Tezpur Lunatic Asylum reports 1895-1904 - 1895-1904
Year: 1895
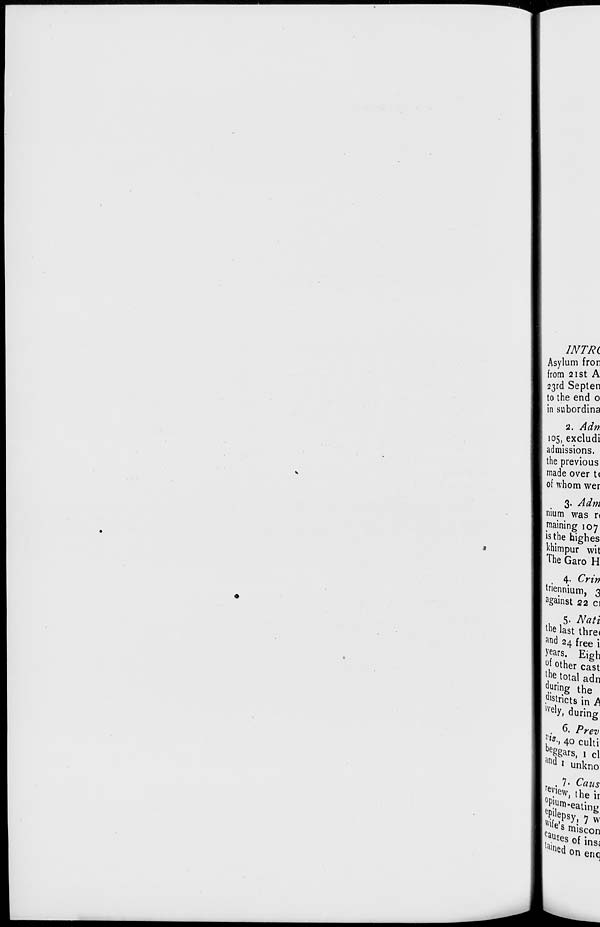
INTRL
Asylum fron
from 21 st A
23rd Septen
to the end 0
in subordina
•2. Adn,
105, excludi
admissions,
the previous
made over t<
of whom wer
3- Adm
nium was n
training 107
>s the highes
khimpur wit
The Garo H
. 4- Crin
tn ennium, 3
against 22 ci
5. Nati
lhe last thre<
an d 24 free i
)'fars. Eigh
°f other cast
l , he .total adn
3?nng the
districts in A
lvel y, during
J ,f -i 40 culti
and * unkno
CAMS
the ir
review]
gating
? lle Psy 7 t
Ca J s miscon
.• Uses of insi
to* on enq